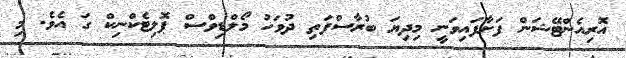
އޮރިއެންޓޭޝަން ފަށާފައިވަނީ މިދިޔަ ބުރާސްފަތި ދުވަހު މޯލްޑިވްސް ޕޮލިޓެކްނިކް ގަ އެވެ. މި